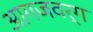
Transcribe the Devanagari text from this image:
आगजवर्ग